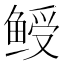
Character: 𬶙